[Report on the health of British troops in the Madras command]
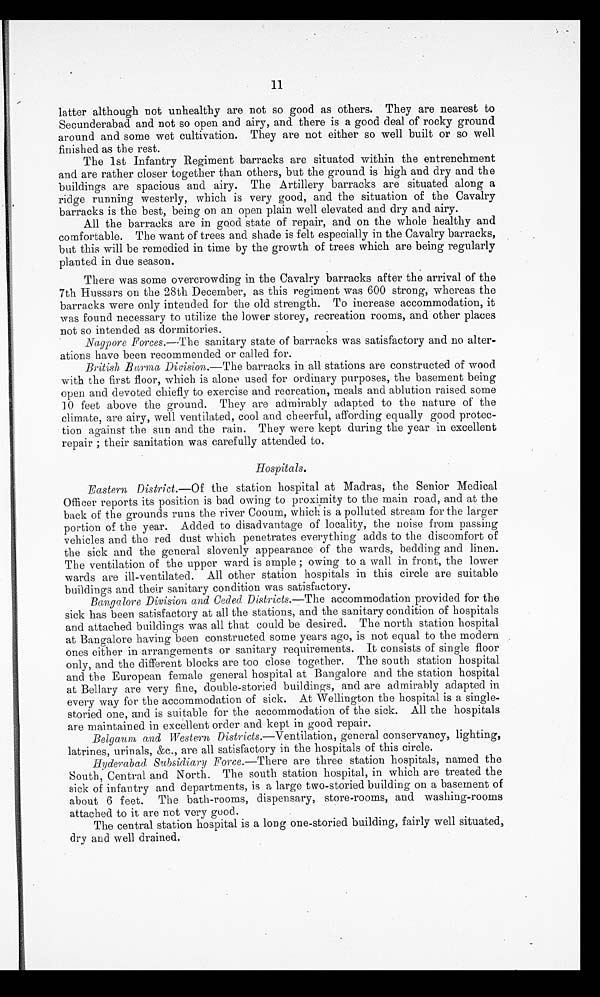
11
latter although not unhealthy are not so good as others. They are nearest to
Secunderabad and not so open and airy, and there is a good deal of rocky ground
around and some wet cultivation. They are not either so well built or so well
finished as the rest.
The 1st Infantry Regiment barracks are situated within the entrenchment
and are rather closer together than others, but the ground is high and dry and the
buildings are spacious and airy. The Artillery barracks are situated along a
ridge running westerly, which is very good, and the situation of the Cavalry
barracks is the best, being on an open plain well elevated and dry and airy.
All the barracks are in good state of repair, and on the whole healthy and
comfortable. The want of trees and shade is felt especially in the Cavalry barracks,
but this will be remedied in time by the growth of trees which are being regularly
planted in due season.
There was some overcrowding in the Cavalry barracks after the arrival of the
7th Hussars on the 28th December, as this regiment was 600 strong, whereas the
barracks were only intended for the old strength. To increase accommodation, it
was found necessary to utilize the lower storey, recreation rooms, and other places
not so intended as dormitories.
Nagpore Forces.—The sanitary state of barracks was satisfactory and no alter
-ations have been recommended or called for.
British Burma, Division.—The barracks in all stations are constructed of wood
with the first floor, which is alone used for ordinary purposes, the basement being
open and devoted chiefly to exercise and recreation, meals and ablution raised some
10 feet above the ground. They are admirably adapted to the nature of the
climate, are airy, well ventilated, cool and cheerful, affording equally good protec
-tion against the sun and the rain. They were kept during the year in excellent
repair ; their sanitation was carefully attended to.
Hospitals.
Eastern District.—Of the station hospital at Madras, the Senior Medical
Officer reports its position is bad owing to proximity to the main road, and at the
back of the grounds runs the river Cooum, which is a polluted stream for the larger
portion of the year. Added to disadvantage of locality, the noise from passing
vehicles and the red dust which penetrates everything adds to the discomfort of
the sick and the general slovenly appearance of the wards, bedding and linen.
The ventilation of the upper ward is ample ; owing to a wall in front, the lower
wards are ill-ventilated. All other station hospitals in this circle are suitable
buildings and their sanitary condition was satisfactory.
Bangalore Division and Ceded Districts.— The accommodation provided for the
sick has been satisfactory at all the stations, and the sanitary condition of hospitals
and attached buildings was all that could be desired. The north station hospital
at Bangalore having been constructed some years ago, is not equal to the modern
ones either in arrangements or sanitary requirements. It consists of single floor
only, and the different blocks are too close together. The south station hospital
and the European female general hospital at Bangalore and the station hospital
at Bellary are very fine, double-storied buildings, and are admirably adapted in
every way for the accommodation of sick. At Wellington the hospital is a single
-storied one, and is suitable for the accommodation of the sick. All the hospitals
are maintained in excellent order and kept in good repair.
Belgaum and Western Districts .—Ventilation, general conservancy, lighting,
latrines, urinals, &c., are all satisfactory in the hospitals of this circle.
Hyderabad Subsidiary Force .—There are three station hospitals, named the
South, Central and North. The south station hospital, in which are treated the
sick of infantry and departments, is a large two-storied building on a basement of
about 6 feet. The bath-rooms, dispensary, store-rooms, and washing-rooms
attached to it are not very good.
The central station hospital is a long one-storied building, fairly well situated,
dry and well drained.